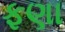
ફણા